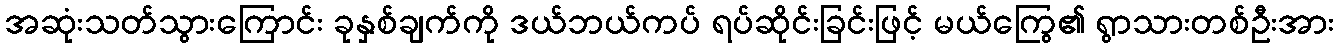
အဆုံးသတ်သွားကြောင်း ခုနှစ်ချက်ကို ဒယ်ဘယ်ကပ် ရပ်ဆိုင်းခြင်းဖြင့် မယ်ကြွေ၏ ရွာသားတစ်ဦးအား